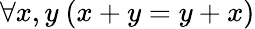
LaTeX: \forall x,y\ (x+y=y+x)